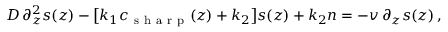
D \, \partial _ { z } ^ { 2 } s ( z ) - \bigl [ k _ { 1 } c _ { \mathrm { ~ s ~ h ~ a ~ r ~ p ~ } } ( z ) + k _ { 2 } \bigr ] s ( z ) + k _ { 2 } n = - v \, \partial _ { z } s ( z ) \, ,